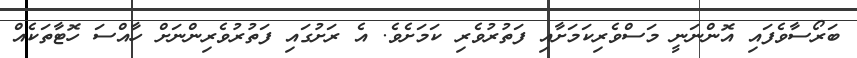
ބަރޯސާވެފައި އޮންނަނީ މަސްވެރިކަމަށާއި ފަތުރުވެރި ކަމަށެވެ. އެ ރަށުގައި ފަތުރުވެރިންނަށް ހާއްސަ ހޮޓާތަކެއް